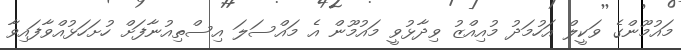
މައުމޫންގެ ވަކީލް އަހުމަދު މުއިއްޒު ވިދާޅުވީ މައުމޫން އެ މައްސަލަ އިސްތިއުނާފަށް ހުށަހަޅުއްވާފައިވާ